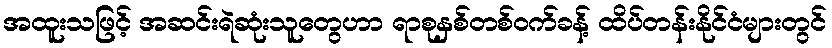
အထူးသဖြင့် အဆင်းရဲဆုံးသူတွေဟာ ရာစုနှစ်တစ်ဝက်ခန့် ထိပ်တန်းနိုင်ငံများတွင်